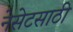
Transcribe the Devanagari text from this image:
नेसेटसाठी